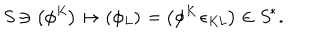
\it S \ni \left( \phi ^ { K } \right) \mapsto \left( \phi _ { L } \right) = \left( \phi ^ { K } \, \epsilon _ { K L } \right) \in { \it S } ^ { * } .